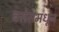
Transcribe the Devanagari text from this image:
बसेसमधून